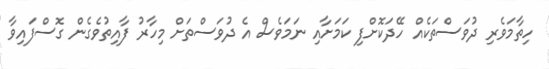
ހިތާމަވެރި ދުވަސްތަކެއް ހޭދަކޮށްފި ކަމަށާއި ނަމަވެސް އެ ދުވަސްތަށް މިހާރު ފާއިތުވެގެން ގޮސްފައިވާ